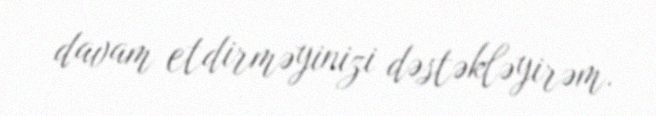
davam etdirməyinizi dəstəkləyirəm.